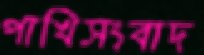
পাখিসংবাদ